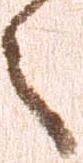
言